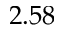
2 . 5 8